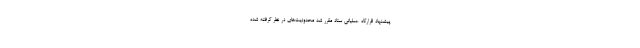
پیشنهاد قرارگاه عملیاتی ستاد مقرر شد محدودیت‌های در نظر گرفته شده